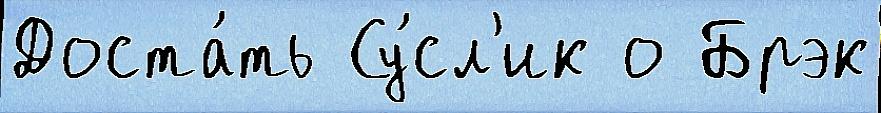
Доста́ть Су́сл'ик о Брэк